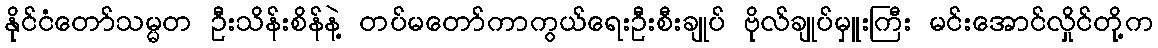
နိုင်ငံတော်သမ္မတ ဦးသိန်းစိန်နဲ့ တပ်မတော်ကာကွယ်ရေးဦးစီးချုပ် ဗိုလ်ချုပ်မှူးကြီး မင်းအောင်လှိုင်တို့က